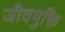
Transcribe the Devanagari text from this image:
जीवमुक्ति